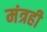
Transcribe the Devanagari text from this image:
मंत्रही